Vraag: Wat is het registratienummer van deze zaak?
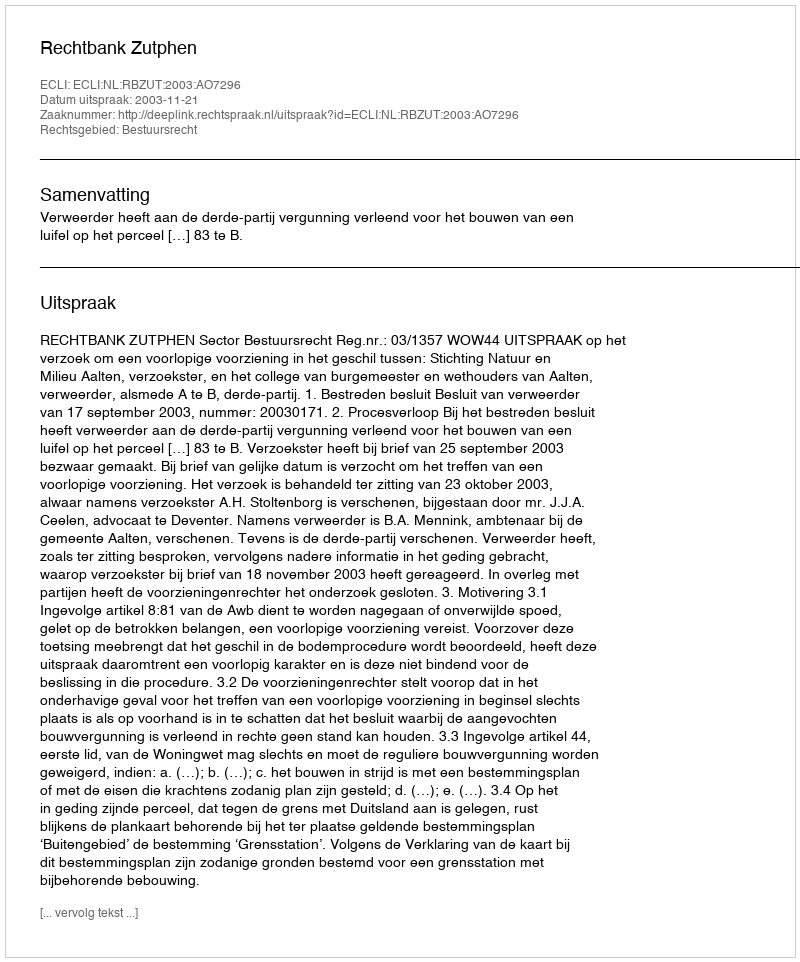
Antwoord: http://deeplink.rechtspraak.nl/uitspraak?id=ECLI:NL:RBZUT:2003:AO7296